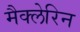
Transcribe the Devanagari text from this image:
मैक्लेरिन